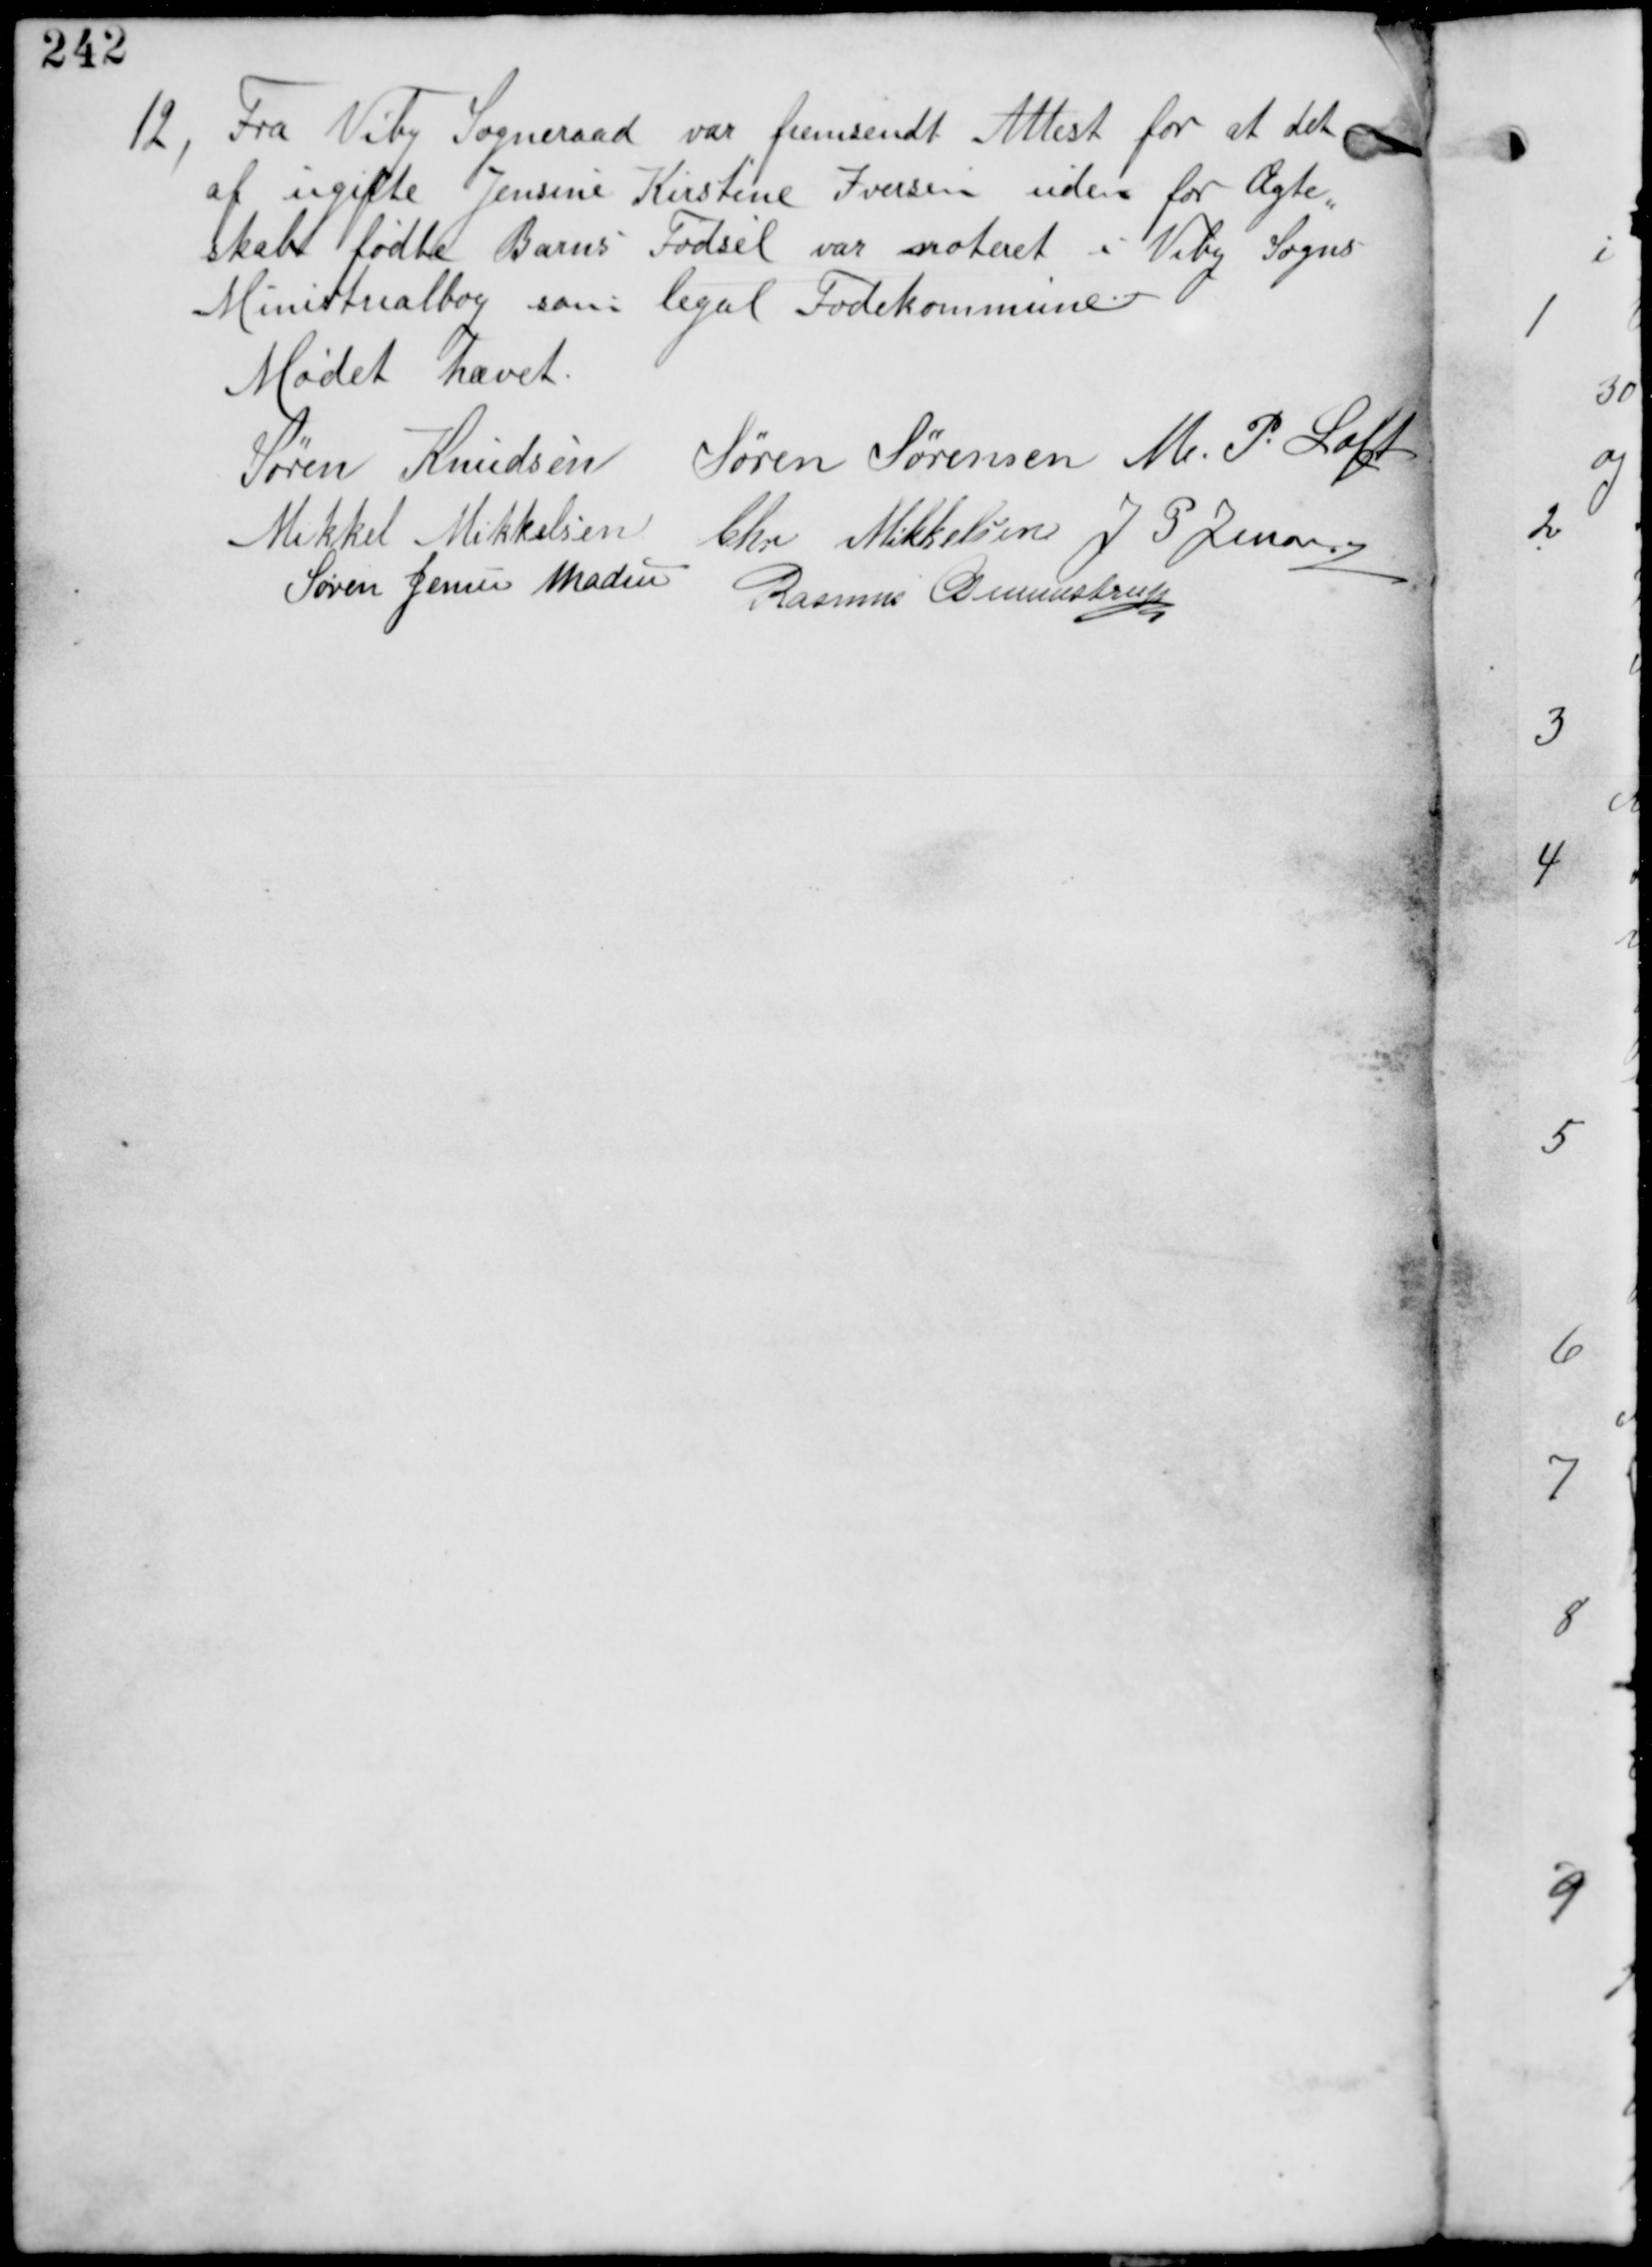
Transskription:
12,
Fra Viby Sogneraad var fremsendt Attest for at det
af ugifte Jensine Kirstine Iversen uden for Ægte
skab fødte Barns Fødsel var noteret i Viby Sogns
Ministrialbog som legal Fødekommune

Mødet hævet
Søren Knudsen Søren Sørensen M P Loft
Mikkel Mikkelsen Chr Mikkelsen J P Jensen
Søren Jensen Madsen Rasmus Gunnestrup